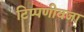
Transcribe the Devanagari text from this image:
टिप्पणीवजा